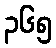
၃၆၅